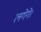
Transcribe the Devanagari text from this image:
लगेगे।